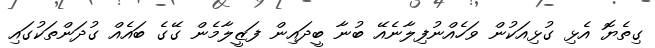
ގިތެޔޮ އެޅި ގުޅިއަކުން ވަހެއްނުފިލާނެއޭ ބުނާ ބީދައިން ފަޒީލާމެން ގޭގެ ބައެއް ގުދަންތަކުގައި